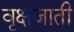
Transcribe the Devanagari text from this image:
वृक्षजाती